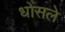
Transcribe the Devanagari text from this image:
धोंसले